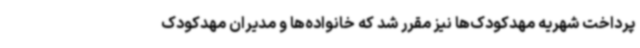
پرداخت شهریه مهدکودک‌ها نیز مقرر شد که خانواده‌ها و مدیران مهدکودک